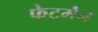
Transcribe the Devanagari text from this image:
फेटमैन